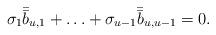
LaTeX: \begin{align*}\sigma_{1}\bar{\bar{b}}_{u,1}+\ldots+\sigma_{u-1}\bar{\bar{b}}_{u,u-1}=0.\end{align*}